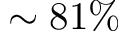
\sim 8 1 \%